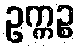
ဥက္ကဉ္စ